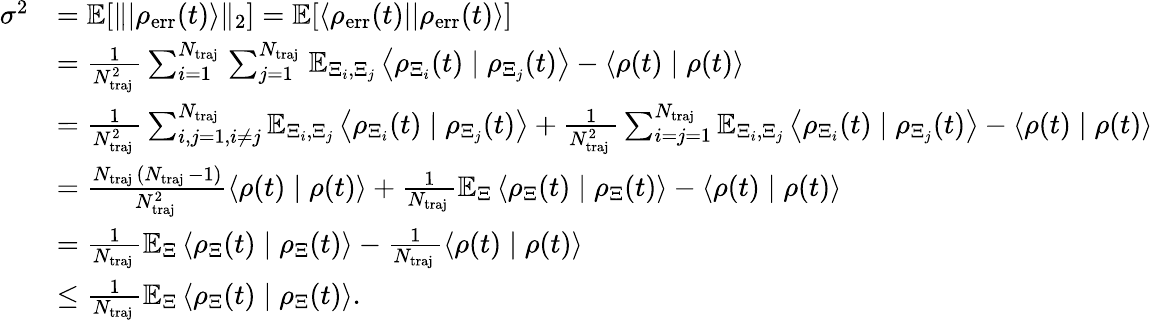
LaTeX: \begin{array}{rl}{\sigma^{2}}&{=\mathbb{E}[\| |\rho_{\mathrm{err}}(t)\rangle\| _{2}]=\mathbb{E}[\langle\rho_{\mathrm{err}}(t)||\rho_{\mathrm{err}}(t)\rangle]}\\ &{=\frac{1}{N_{\mathrm{traj~}}^{2}}\sum_{i=1}^{N_{\mathrm{traj~}}}\sum_{j=1}^{N_{\mathrm{traj~}}}\mathbb{E}_{\Xi_{i},\Xi_{j}}\left\langle\rho_{\Xi_{i}}(t)\mid\rho_{\Xi_{j}}(t)\right\rangle-\langle\rho(t)\mid\rho(t)\rangle}\\ &{=\frac{1}{N_{\mathrm{traj~}}^{2}}\sum_{i,j=1,i\neq j}^{N_{\mathrm{traj~}}}\mathbb{E}_{\Xi_{i},\Xi_{j}}\left\langle\rho_{\Xi_{i}}(t)\mid\rho_{\Xi_{j}}(t)\right\rangle+\frac{1}{N_{\mathrm{traj~}}^{2}}\sum_{i=j=1}^{N_{\mathrm{traj~}}}\mathbb{E}_{\Xi_{i},\Xi_{j}}\left\langle\rho_{\Xi_{i}}(t)\mid\rho_{\Xi_{j}}(t)\right\rangle-\langle\rho(t)\mid\rho(t)\rangle}\\ &{=\frac{N_{\mathrm{traj~}}(N_{\mathrm{traj~}}-1)}{N_{\mathrm{traj~}}^{2}}\langle\rho(t)\mid\rho(t)\rangle+\frac{1}{N_{\mathrm{traj~}}}\mathbb{E}_{\Xi}\left\langle\rho_{\Xi}(t)\mid\rho_{\Xi}(t)\right\rangle-\langle\rho(t)\mid\rho(t)\rangle}\\ &{=\frac{1}{N_{\mathrm{traj~}}}\mathbb{E}_{\Xi}\left\langle\rho_{\Xi}(t)\mid\rho_{\Xi}(t)\right\rangle-\frac{1}{N_{\mathrm{traj~}}}\langle\rho(t)\mid\rho(t)\rangle}\\ &{\le\frac{1}{N_{\mathrm{traj~}}}\mathbb{E}_{\Xi}\left\langle\rho_{\Xi}(t)\mid\rho_{\Xi}(t)\right\rangle.}\end{array}